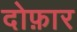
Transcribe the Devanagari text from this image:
दोफ़ार